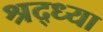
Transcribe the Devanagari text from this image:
श्रद्ध्या